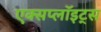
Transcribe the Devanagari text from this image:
एक्सप्लॉइट्स